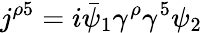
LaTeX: j^{\rho 5}=i\bar{\psi}_{1}\gamma^{\rho}\gamma^{5}\psi_{2}